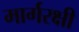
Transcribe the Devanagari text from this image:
मार्गरक्षी